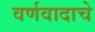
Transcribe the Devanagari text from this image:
वर्णवादाचे